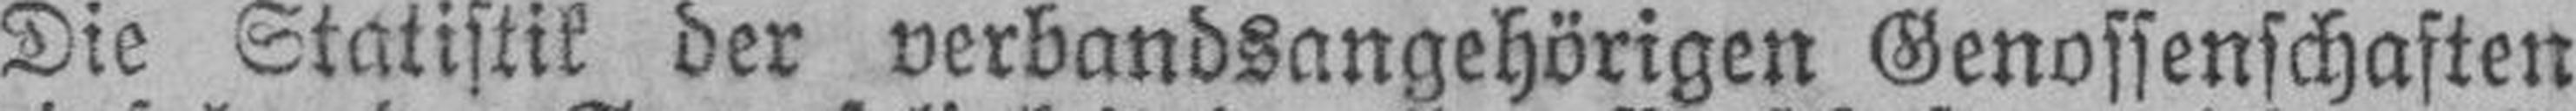
Die Statistik der verbandsangehörigen Genossenschaften